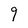
Character: q